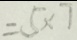
= 5 \times 7